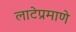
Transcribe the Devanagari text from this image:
लाटेप्रमाणे